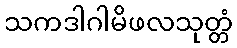
သကဒါဂါမိဖလသုတ္တံ